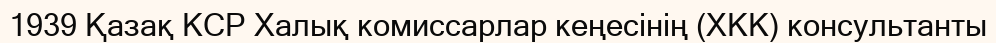
1939 Қазақ КСР Халық комиссарлар кеңесінің (ХКК) консультанты